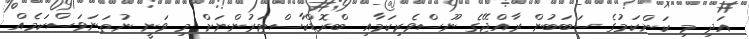
އަދި މި ކަންކަމުގެ ސަބަބުން ރާއްޖޭގެ ނޫސްވެރިކަމާއި ބްރޮޑްކާސްޓަރުންނަށް މި ވަނީ ނުތަނަވަސްކަމެއް